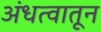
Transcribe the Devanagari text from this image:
अंधत्वातून